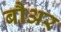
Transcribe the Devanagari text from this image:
बौअर